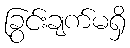
ခြွင်းချက်မရှိ